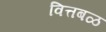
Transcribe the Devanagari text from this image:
वित्तबळ